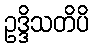
ဥဒ္ဒိသတိပိ